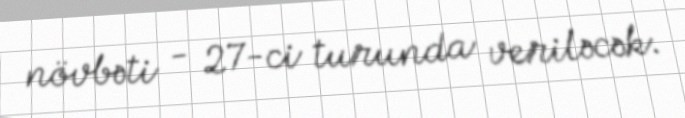
növbəti - 27-ci turunda veriləcək.